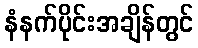
နံနက်ပိုင်းအချိန်တွင်